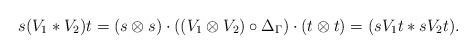
LaTeX: \begin{align*}s (V_1\ast V_2) t = (s \otimes s) \cdot ((V_1 \otimes V_2) \circ \Delta_\Gamma ) \cdot (t \otimes t) = (s V_1 t \ast s V_2 t).\end{align*}